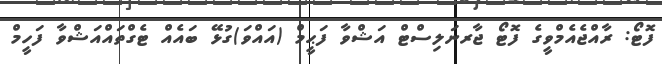
ފޮޓޯ: ރާއްޖެއެމްވީގެ ފޮޓޯ ޖާރނަލިސްޓް އަޝްވާ ފަޙީމް (އައްވަ)ގުޅޭ ބައެއް ޓެގްތައްއަޝްވާ ފަހީމް